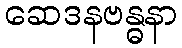
ဆေဒနဗန္ဓနာ